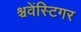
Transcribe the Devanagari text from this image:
श्चवेंस्टिगर